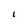
Character: I